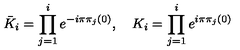
{ \bar { K } } _ { i } = \prod _ { j = 1 } ^ { i } e ^ { - i \pi \pi _ { j } ( 0 ) } , \quad K _ { i } = \prod _ { j = 1 } ^ { i } e ^ { i \pi \pi _ { j } ( 0 ) }